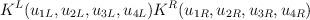
LaTeX: \begin{align*}K^L(u_{1L},u_{2L},u_{3L},u_{4L}) K^R(u_{1R},u_{2R},u_{3R},u_{4R})\end{align*}